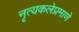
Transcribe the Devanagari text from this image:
नृत्यकलेप्रमाणे